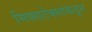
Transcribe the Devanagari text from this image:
मिक्सटेक्सांकडून